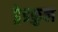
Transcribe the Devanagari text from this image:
ड्रेडफुल